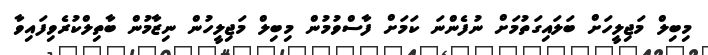
މިބިލް މަޖިލީހަށް ބަލައިގަތުމަށް ނުފެންނަ ކަމަށް ފާސްވުމުން މިބިލް މަޖިލީހުން ނިޒާމުން ބާތިލްކުރެވިފައިވާ